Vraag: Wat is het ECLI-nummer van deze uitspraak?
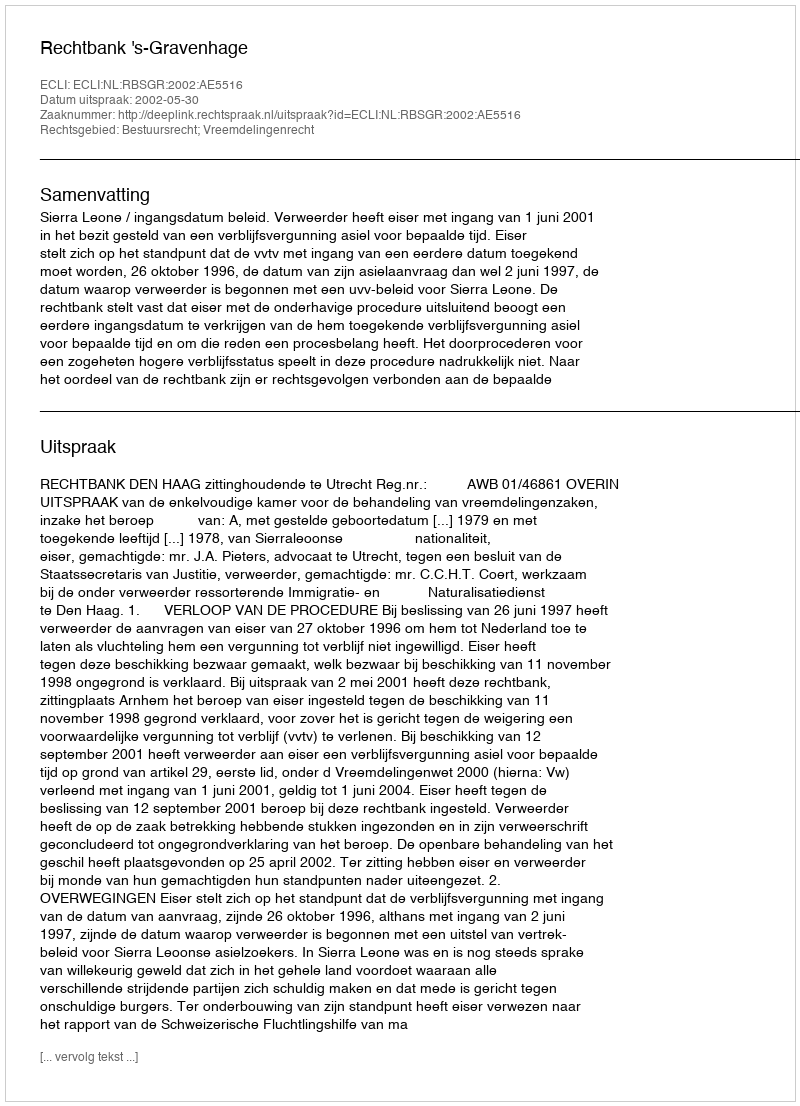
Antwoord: ECLI:NL:RBSGR:2002:AE5516